Report of the Indian Hemp Drugs Commission, 1894-1895 - Volume V
Year: 1894
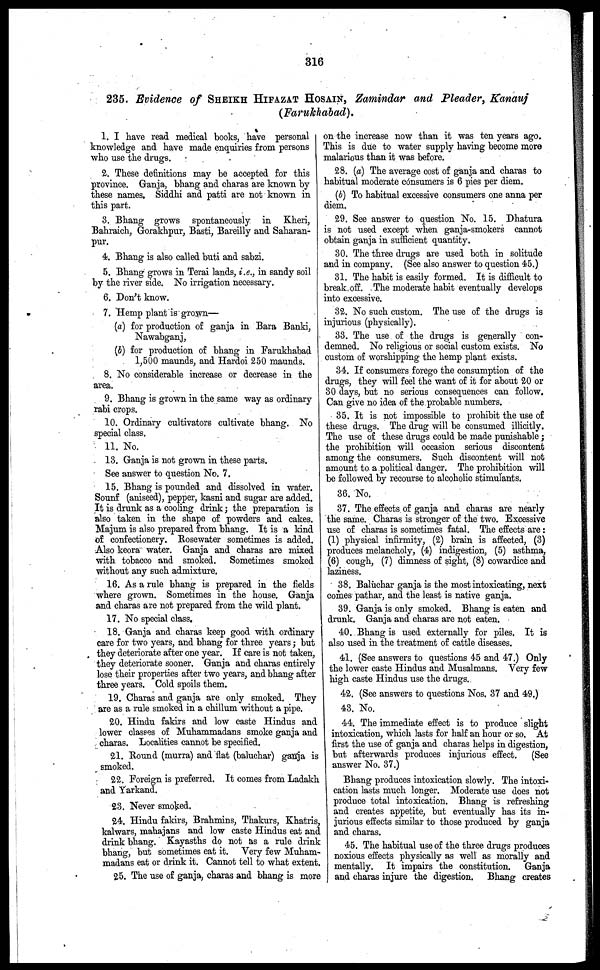
316
235. Evidence of SHEIKH HIFAZAT HOSAIN, Zamindar and Pleader, Kanauj
(Farukhabad).
1. I have read medical books, have personal
knowledge and have made enquiries from persons
who use the drugs.
2. These definitions may be accepted for this
province. Ganja, bhang and charas are known by
these names. Siddhi and patti are not known in
this part.
3. Bhang grows spontaneously in Kheri,
Bahraich, Gorakhpur, Basti, Bareilly and Saharan-
pur.
4. Bhang is also called buti and sabzi.
5. Bhang grows in Terai lands, i.e., in sandy soil
by the river side. No irrigation necessary.
6. Don't know.
7. Hemp plant is grown—
(a) for production of ganja in Bara Banki,
Nawabganj,
(5) for production of bhang in Farukhabad
1,500 maunds, and Hardoi 250 maunds.
8. No considerable increase or decrease in the
area.
9. Bhang is grown in the same way as ordinary
rabi crops.
10. Ordinary cultivators cultivate bhang. No
special class.
11. No.
13. Ganja is not grown in these parts.
See answer to question No. 7.
15. Bhang is pounded and dissolved in water.
Sounf (aniseed), pepper, kasni and sugar are added.
It is drunk as a cooling drink; the preparation is
also taken in the shape of powders and cakes.
Majum is also prepared from bhang. It is a kind
of confectionery. Rosewater sometimes is added.
Also keora water. Ganja and charas are mixed
with tobacco and smoked. Sometimes smoked
without any such admixture.
16. As a rule bhang is prepared in the fields
where grown. Sometimes in the house. Ganja
and charas are not prepared from the wild plant.
17. No special class.
18. Ganja and charas keep good with ordinary
care for two years, and bhang for three years; but
they deteriorate after one year. If care is not taken,
they deteriorate sooner. Ganja and charas entirely
lose their properties after two years, and bhang after
three years. Cold spoils them.
19. Charas and ganja are only smoked. They
are as a rule smoked in a chillum without a pipe.
20. Hindu fakirs and low caste Hindus and
lower classes of Muhammadans smoke ganja and
charas. Localities cannot be specified.
21. Bound (murra) and flat (baluchar) ganja is
smoked.
22. Foreign is preferred. It comes from Ladakh
and Yarkand.
23. Never smoked.
24. Hindu fakirs, Brahmins, Thakurs, Khatris,
kalwars, mahajans and low caste Hindus eat and
drink bhang. Kayasths do not as a rule drink
bhang, but sometimes eat it. Very few Muham-
madans eat or drink it. Cannot tell to what extent.
25. The use of ganja, charas and bhang is more
on the increase now than it was ten years ago.
This is due to water supply having become more
malarious than it was before.
28. (a) The average cost of ganja and charas to
habitual moderate consumers is 6 pies per diem.
(b) To habitual excessive consumers one anna per
diem.
29. See answer to question No. 15. Dhatura
is not used except when ganja-smokers cannot
obtain ganja in sufficient quantity.
30. The three drugs are used both in solitude
and in company. (See also answer to question 45.)
31. The habit is easily formed. It is difficult to
break off. The moderate habit eventually develops
into excessive.
32. No such custom. The use of the drugs is
injurious (physically).
33. The use of the drugs is generally con-
demned. No religious or social custom exists. No
custom of worshipping the hemp plant exists.
34. If consumers forego the consumption of the
drugs, they will feel the want of it for about 20 or
30 days, but no serious consequences can follow.
Can give no idea of the probable numbers.
35. It is not impossible to prohibit the use of
these drugs. The drug will be consumed illicitly.
The use of these drugs could be made punishable;
the prohibition will occasion serious discontent
among the consumers. Such discontent will not
amount to a political danger. The prohibition will
be followed by recourse to alcoholic stimulants.
36. No.
37. The effects of ganja and charas are nearly
the same. Charas is stronger of the two. Excessive
use of charas is sometimes fatal. The effects are:
(1) physical infirmity, (2) brain is affected, (3)
produces melancholy, (4) indigestion, (5) asthma,
6) cough, (7) dimness of sight, (8) cowardice and
laziness.
38. Baluchar ganja is the most intoxicating, next
comes pathar, and the least is native ganja.
39. Ganja is only smoked. Bhang is eaten and
drunk. Ganja and charas are not eaten.
40. Bhang is used externally for piles. It is
also used in the treatment of cattle diseases.
41. (See answers to questions 45 and 47.) Only
the lower caste Hindus and Musalmans. Very few
high caste Hindus use the drugs.
42. (See answers to questions Nos. 37 and 49.)
43. No.
44. The immediate effect is to produce slight
intoxication, which lasts for half an hour or so. At
first the use of ganja and charas helps in digestion,
but afterwards produces injurious effect.
(See
answer No. 37.)
Bhang produces intoxication slowly. The intoxi-
cation lasts much longer. Moderate use does not
produce total intoxication. Bhang is refreshing
and creates appetite, but eventually has its in-
jurious effects similar to those produced by ganja
and charas.
45. The habitual use of the three drugs produces
noxious effects physically as well as morally and
mentally. It impairs the constitution.
Ganja
and charas injure the digestion. Bhang creates